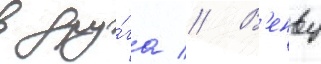
в дру́га // В'енву